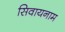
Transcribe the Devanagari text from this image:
सिवायनाम